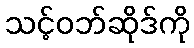
သင့်ဝဘ်ဆိုဒ်ကို